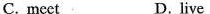
C. meet. D. live